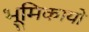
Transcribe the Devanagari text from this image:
भूमिकायों